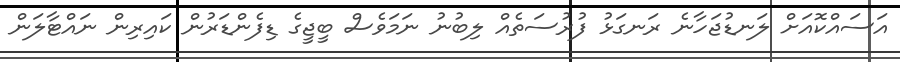
އަސައްކޮއަށް ލަނޑުޖަހާނެ ރަނގަޅު ފުރުސަތެއް ލިބުނު ނަމަވެސް ބީޖީގެ ޑިފެންޑަރުން ކައިރިން ނައްޓާލަން